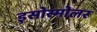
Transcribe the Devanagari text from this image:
इसोस्मोलर